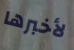
لأخبرها